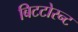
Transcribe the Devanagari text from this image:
बिटटोरन्ट